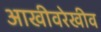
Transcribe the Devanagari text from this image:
आखीवरेखीव